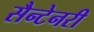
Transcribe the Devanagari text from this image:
सैन्टेनरी